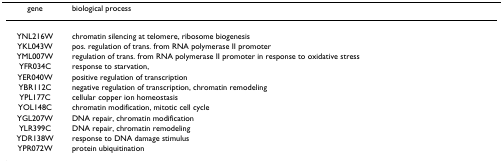
| gene | biological process |
 | --- | --- |
 | YNL216W | chromatin silencing at telomere, ribosome biogenesis |
 | YKL043W | pos. regulation of trans. from RNA polymerase II promoter |
 | YML007W | regulation of trans. from RNA polymerase II promoter in response to oxidative stress |
 | YFR034C | response to starvation, |
 | YER040W | positive regulation of transcription |
 | YBR112C | negative regulation of transcription, chromatin remodeling |
 | YPL177C | cellular copper ion homeostasis |
 | YOL148C | chromatin modification, mitotic cell cycle |
 | YGL207W | DNA repair, chromatin modification |
 | YLR399C | DNA repair, chromatin remodeling |
 | YDR138W | response to DNA damage stimulus |
 | YPR072W | protein ubiquitination |